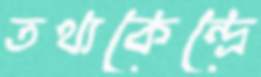
তথ্যকেন্দ্রে